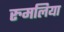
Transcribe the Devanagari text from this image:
रुमलिया